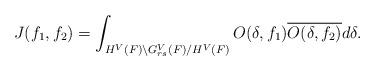
LaTeX: \begin{align*}\displaystyle J(f_1,f_2)=\int_{H^V(F)\backslash G^V_{rs}(F)/H^V(F)} O(\delta,f_1)\overline{O(\delta,f_2)} d\delta.\end{align*}